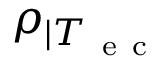
\rho _ { | T _ { \mathrm { ~ e ~ c ~ } } }